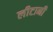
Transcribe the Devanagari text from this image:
लीटानी